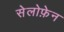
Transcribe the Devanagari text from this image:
सेलोफ़ेन